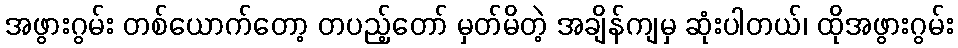
အဖွားဂွမ်း တစ်ယောက်တော့ တပည့်တော် မှတ်မိတဲ့ အချိန်ကျမှ ဆုံးပါတယ်၊ ထိုအဖွားဂွမ်း